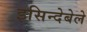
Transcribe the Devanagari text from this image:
इसिन्देबेले